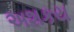
અશકય